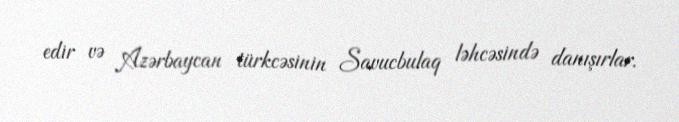
edir və Azərbaycan türkcəsinin Savucbulaq ləhcəsində danışırlar.